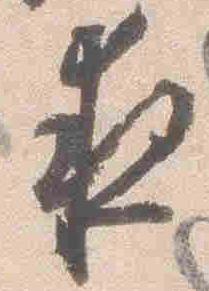
夜